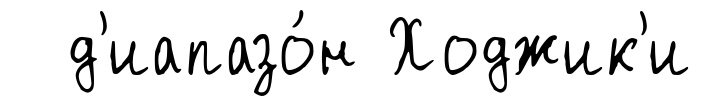
д'иапазо́н Ходжик'и